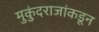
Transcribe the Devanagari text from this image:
मुकुंदराजांकडून